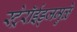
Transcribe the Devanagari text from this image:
स्ट्रेरॉईड्जमुळे